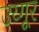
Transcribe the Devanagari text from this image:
उय्गूर